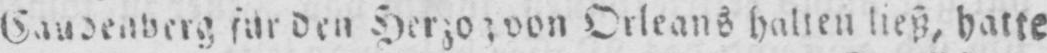
von Orleans halten ließ, hatte